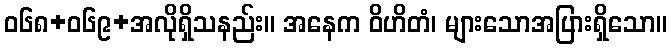
ဝ၆၈+၀၆၉+အလိုရှိသနည်း။ အနေက ဝိဟိတံ၊ များသောအပြားရှိသော။